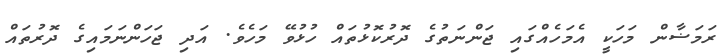
ރަމަޟާން މަހަކީ އެމަހެއްގައި ޖަންނަތުގެ ދޮރުކޮޅުތައް ހުޅުވޭ މަހެވެ. އަދި ޖަހަންނަމައިގެ ދޮރުތައް